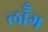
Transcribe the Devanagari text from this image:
लॉँग